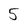
Character: 5